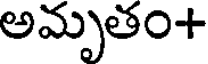
అమృతం+